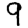
Digit: 9